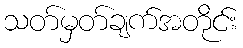
သတ်မှတ်ချက်အတိုင်း